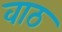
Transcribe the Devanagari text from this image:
वाठ